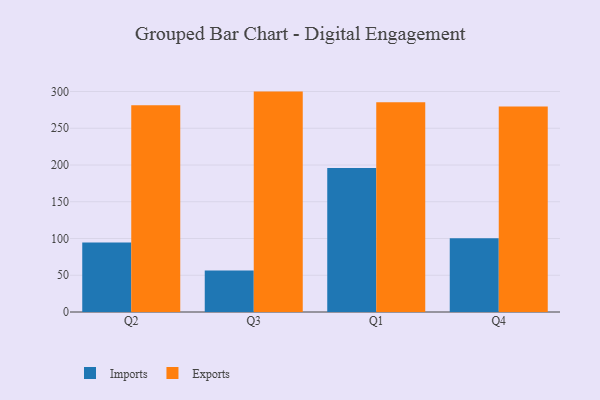
{"axis": {"x": "Quarter", "y": "Humidity (%)"}, "legend": ["Exports", "Imports"], "data": [{"x": "Q2", "y": 94.4, "type": "Imports"}, {"x": "Q2", "y": 281.2, "type": "Exports"}, {"x": "Q3", "y": 56.4, "type": "Imports"}, {"x": "Q3", "y": 299.9, "type": "Exports"}, {"x": "Q1", "y": 196.1, "type": "Imports"}, {"x": "Q1", "y": 285.3, "type": "Exports"}, {"x": "Q4", "y": 100.5, "type": "Imports"}, {"x": "Q4", "y": 279.7, "type": "Exports"}]}